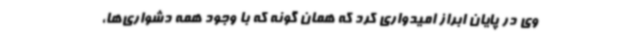
وی در پایان ابراز امیدواری کرد که همان گونه که با وجود همه دشواری‌ها،